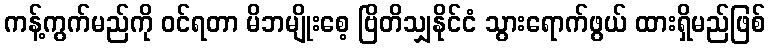
ကန့်ကွက်မည်ကို ဝင်ရတာ မိဘမျိုးစေ့ ဗြိတိသျှနိုင်ငံ သွားရောက်ဖွယ် ထားရှိမည်ဖြစ်